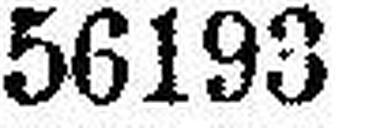
56193